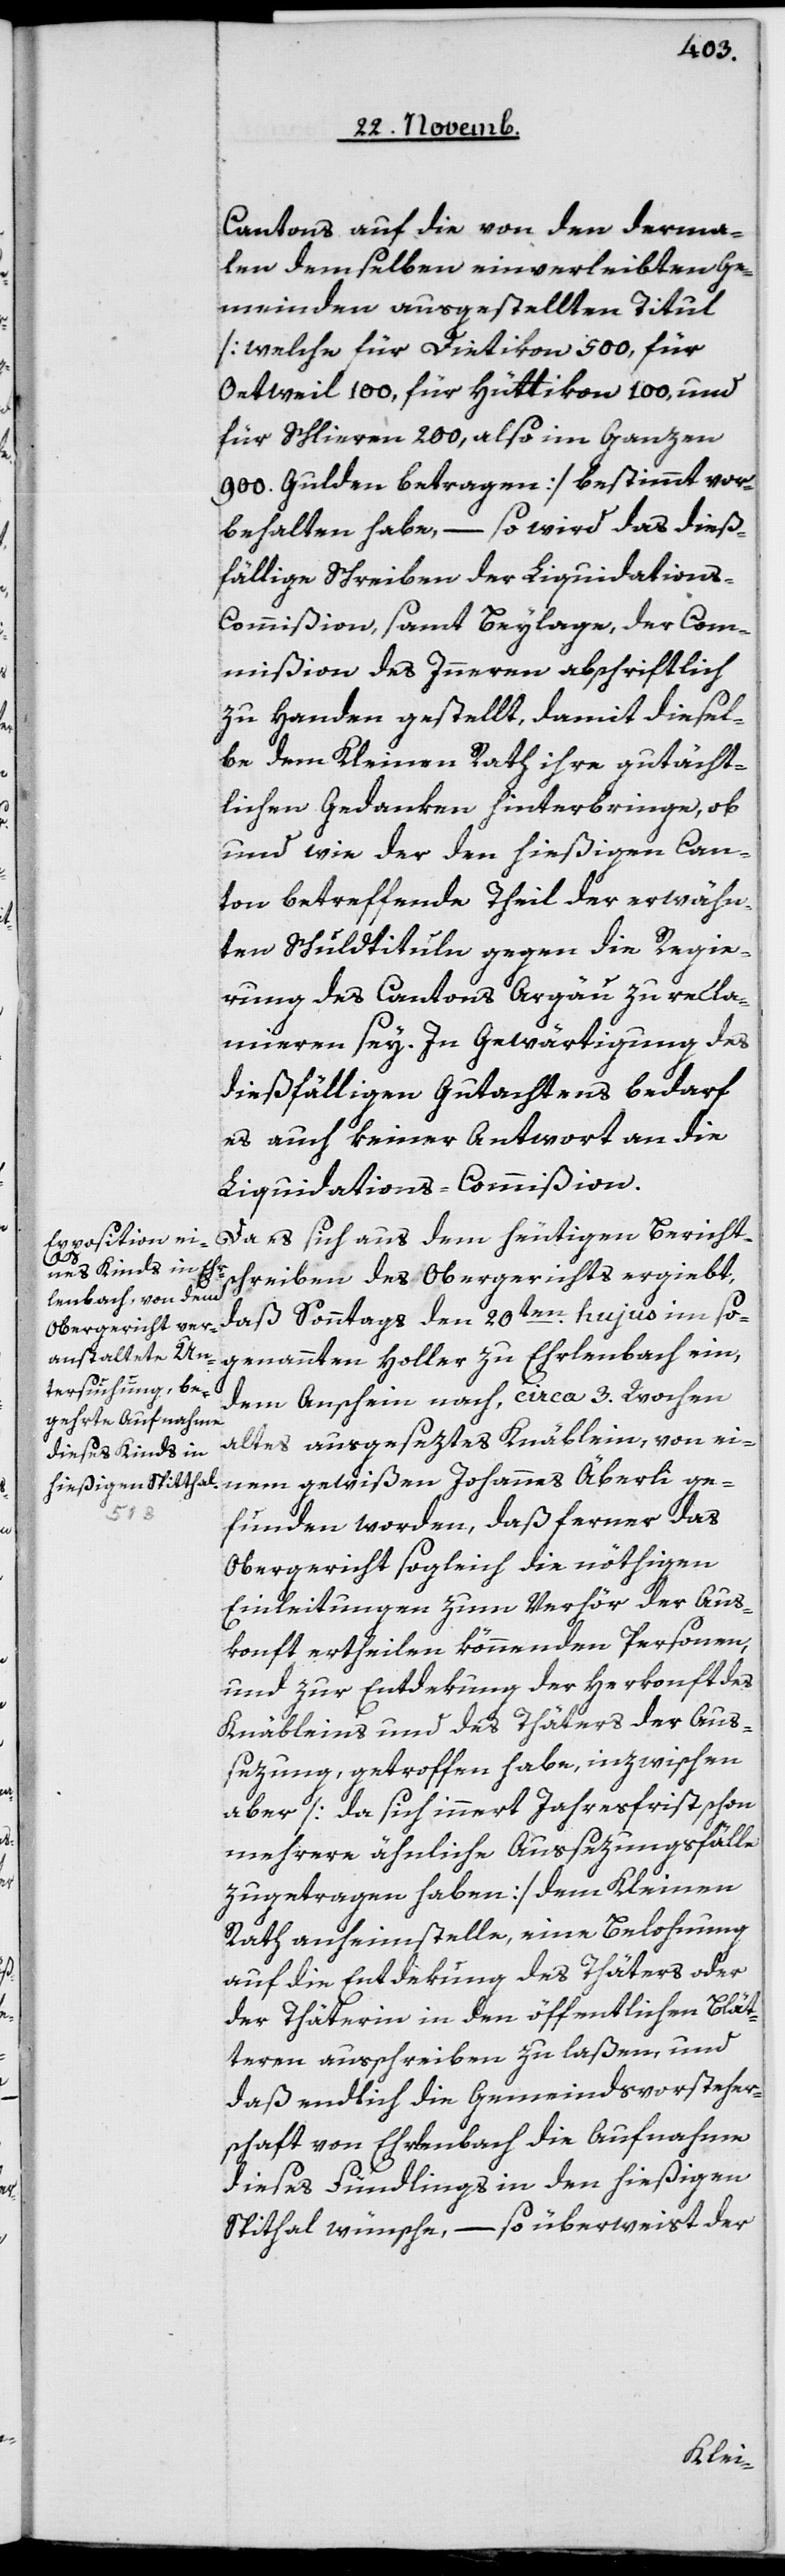
Cantons auf die von den derma¬
len demselben einverleibten Ge¬
meinden ausgestellten Titul
[welche für Dietikon 500, für
Oetweil [sic!] 100, für Hüttikon 100, und
für Schlieren 200, also im Ganzen
900 Gulden betragen] bestimmt vor¬
behalten habe, – so wird das dieß¬
fällige Schreiben der Liquidation¬
s-Commißion samt Beylage, der Com¬
mißion des Inneren abschriftlich
zu Handen gestellt, damit diesel¬
be dem Kleinen Rath ihre gutächt¬
lichen Gedanken hinterbringe, ob
und wie der den hießigen Can¬
ton betreffende Theil der erwähn¬
ten Schuldtituln gegen die Regie¬
rung des Cantons Argau zu recla¬
mieren sey. In Gewärtigung des
dießfälligen Gutachtens bedarf
es auch keiner Antwort an die
Liquidations-Commißion.
Da es sich aus dem heutigen Bericht¬
schreiben des Obergerichts ergiebt,
daß Sonntag den 20ten hujus im so¬
genannten Holler zu Erlenbach ein,
dem Anschein nach circa 3 Wochen
altes ausgeseztes Knäblein, von ei¬
nem gewißen Johannes Äberli ge¬
funden worden, daß ferner das
Obergericht sogleich die nöthigen
Einleitungen zum Verhör der Aus¬
konft ertheilen könnenden Personen,
und zur Entdekung der Herkonft des
Knäbleins und des Thäters der Aus¬
sezung getroffen habe, inzwischen
aber [da sich innert Jahresfrist schon
mehrere ähnliche Aussezungsfälle
zugetragen haben] dem Kleinen
Rath anheimstelle, eine Belohnung
auf die Entdekung des Thäters oder
der Thäterin in den öffentlichen Blät¬
teren ausschreiben zu laßen, und
daß endlich die Gemeindsvorsteher¬
schaft von Erlenbach die Aufnahme
dieses Fündlings in den hießigen
Spithal wünsche, – so überweist der